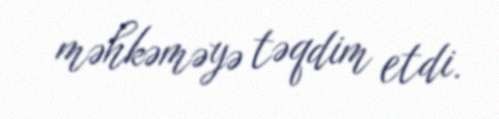
məhkəməyə təqdim etdi.